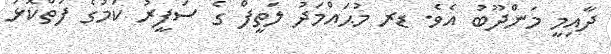
ދާއިމީ މަންދޫބު އެވެ. ޑރ މުޙައްމަދު ލަތީފް ގެ ސަފީރު ކަމުގެ ފަތްކޮޅު